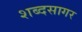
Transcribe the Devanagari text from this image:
शब्‍दसागर